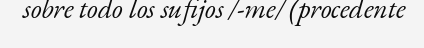
sobre todo los sufijos /-me/ (procedente